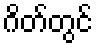
ဂိတ်တွင်